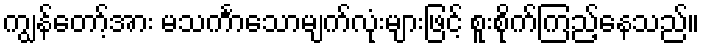
ကျွန်တော့်အား မသင်္ကာသောမျက်လုံးများဖြင့် စူးစိုက်ကြည့်နေသည်။